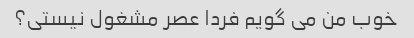
خوب من می گویم فردا عصر مشغول نیستی؟